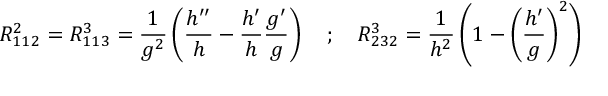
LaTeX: R _ { 1 1 2 } ^ { 2 } = R _ { 1 1 3 } ^ { 3 } = \frac { 1 } { g ^ { 2 } } \left( \frac { h ^ { \prime \prime } } { h } - \frac { h ^ { \prime } } { h } \frac { g ^ { \prime } } { g } \right) \quad ; \quad R _ { 2 3 2 } ^ { 3 } = \frac { 1 } { h ^ { 2 } } \left( 1 - \left( \frac { h ^ { \prime } } { g } \right) ^ { 2 } \right)